Civil Veterinary Dept. North-West Frontier Province 1933-46 - 1933-1946
Year: 1933
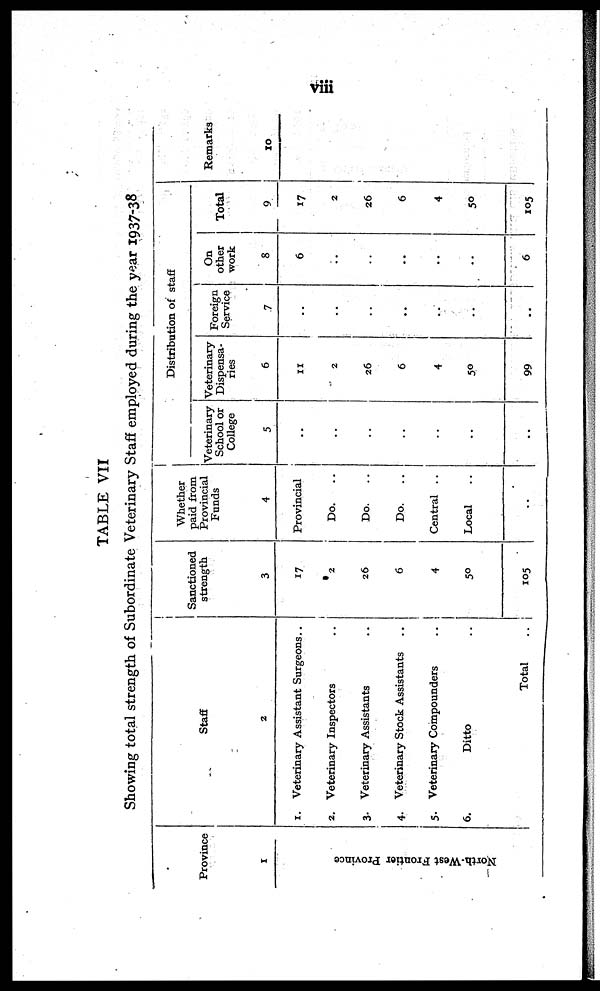
viii
TABLE VII
Showing total strength of Subordinate Veterinary Staff employed during the year 1937-38
Province
1
North-West Fr ont i
er Province
Staff
1.
2.
3.
4.
5.
6.
2
Veterinary Assistant Surgeons..
Veterinary Inspectors ..
Veterinary Assistants ..
Veterinary Stock Assistants ..
Veterinary Compounders ..
Ditto ..
Total ..
Sanctioned
strength
3
17
2
26
6
4
50
105
Whether
paid from
Provincial
Funds
4
Provincial
Do. ..
Do. ..
Do. ..
Central ..
Local ..
..
Distribution of staff
Veterinary
School or
College
5
..
..
..
..
..
..
..
Veterinary
Dispensa-
ries
6
11
2
26
6
4
50
99
Foreign
Service
7
..
..
..
..
..
..
..
On
other
work
8
6
..
..
..
..
..
6
Total
9
17
2
26
6
4
50
105
Remarks
10